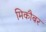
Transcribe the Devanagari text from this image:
मिकौबर